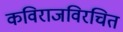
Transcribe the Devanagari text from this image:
कविराजविरचित